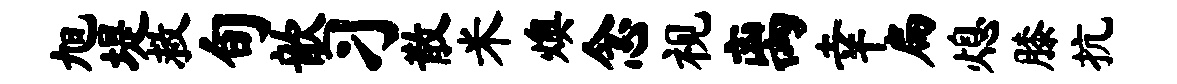
旭堤救旬歆习散米燠念视离幸扁熄膝抗